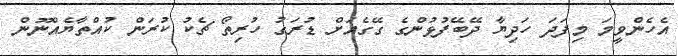
އެހެންވީމަ މިފަދަ ހަދިޔާ ދޭބޭފުޅުންގެ ގޭގެއަށް ޑުރަގު ހުރިތޯ ޗެކު ކުރަން ކުއްތާޔެއްނޫން